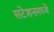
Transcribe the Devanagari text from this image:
सटेशनमध्ये